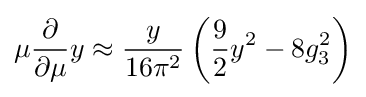
\mu {\frac {\partial }{\partial \mu }}y\approx {\frac {y}{16\pi ^{2}}}\left({\frac {9}{2}}y^{2}-8g_{3}^{2}\right)